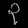
Digit: ၃